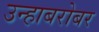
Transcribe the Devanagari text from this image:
उन्हाबरोबर